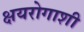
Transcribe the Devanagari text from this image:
क्षयरोगाशी